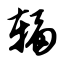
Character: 辐